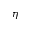
\eta